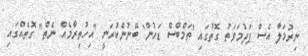
ނިރުމަލާ އެސް ޕަދުމަވަތު ގޮތުގައި 'ތަމްބްސް ޑައުން' ބޭނުންކުރަނީ "އިހުތިރާމެއް ނެތް" ގޮތެއްގައި